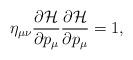
LaTeX: \begin{align*}\eta _{\mu \nu }\frac{\partial {\cal H}}{\partial p_\mu }\frac{\partial {\cal H}}{\partial p_\mu }=1,\end{align*}